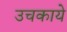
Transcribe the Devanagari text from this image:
उचकाये